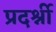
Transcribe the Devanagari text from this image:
प्रदर्श्नी